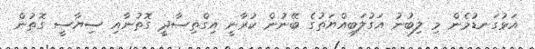
އަޅުގަނޑުމެން މި ލިބުނު އަގުލަބިއްޔަތުގެ ބޭނުން ކުރާނީ އިގްތިސާދީ ގޮތުނާއި ސިޔާސީ ގޮތުން